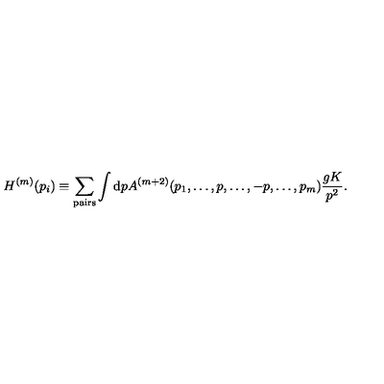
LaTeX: H ^ { ( m ) } ( p _ { i } ) \equiv \sum _ { \mathrm { p a i r s } } \int \mathrm { d } p A ^ { ( m + 2 ) } ( p _ { 1 } , \dots , p , \dots , - p , \dots , p _ { m } ) { \frac { g K } { p ^ { 2 } } } .